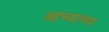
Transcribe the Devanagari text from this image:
आच्याच्या